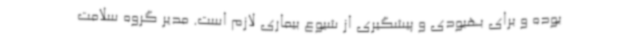
بوده و برای بهبودی و پیشگیری از شیوع بیماری لازم است. مدیر گروه سلامت